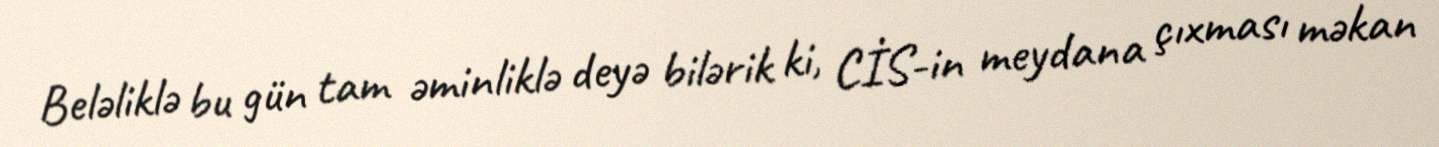
Beləliklə bu gün tam əminliklə deyə bilərik ki, CİS-in meydana çıxması məkan